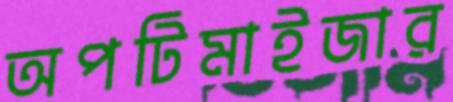
অপটিমাইজার